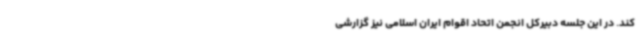
کند. در این جلسه دبیرکل انجمن اتحاد اقوام ایران اسلامی نیز گزارشی